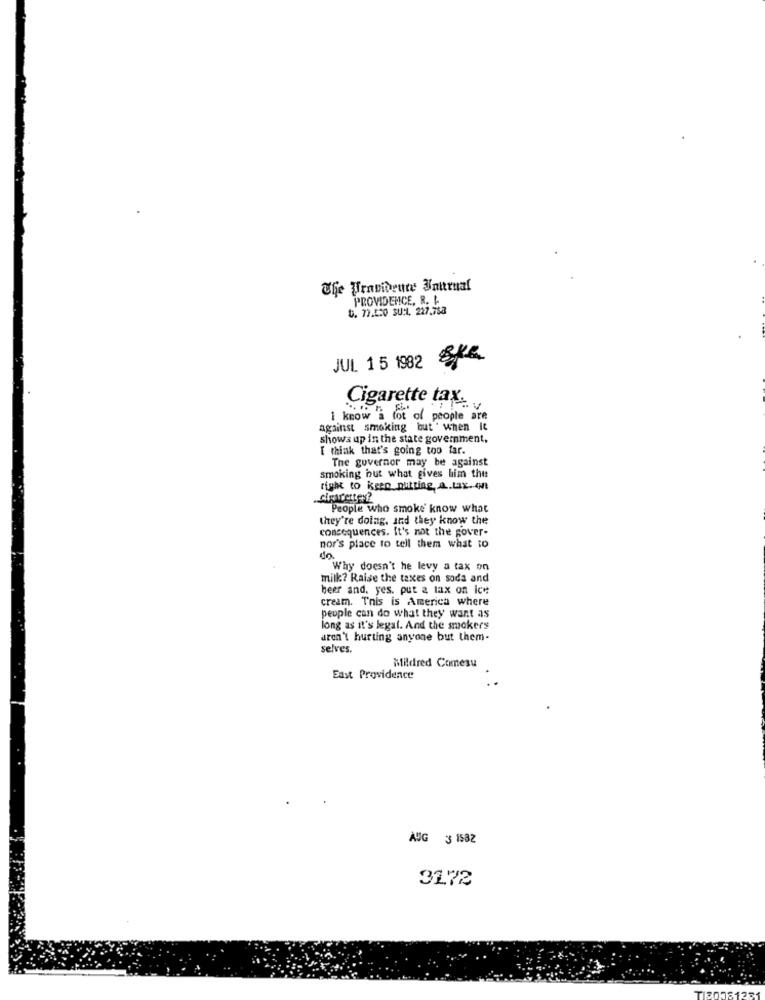
The Providence Journal
PROVIDENCE, R. L
t. 77.550 SU:1, 227.758
JUL 1 5 1982
Cigarette tax.
1 know a lot of people are
against smoking but when It
shows up in the state government,
I think that's going too far.
The governor may be against
smoking but what gives him the
right to keep putting, a.tax. 4Ht
People who smoke know what
they're doing, and they know the
consequences. It's not the gover-
nor's place to tell them what to
Why doesn't he levy a tax on
milk? Raise the taxes on soda and
beer and. yes. put a tax on ice
cream. This is America where
people can do what they want as
long as it's legal. And the smokers
aren't hurting anyone but them-
selves.
Mildred Comesu
East Providence
AUG 3 1582
31.72